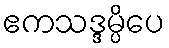
ဧကသဒ္ဒမ္ပိပေ